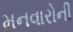
મનવારોની